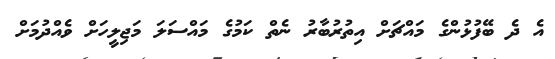
އެ ދެ ބޭފުޅުންގެ މައްޗަށް އިތުރުބާރު ނެތް ކަމުގެ މައްސަލަ މަޖިލީހަށް ވެއްދުމަށް